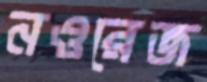
নওরেজ